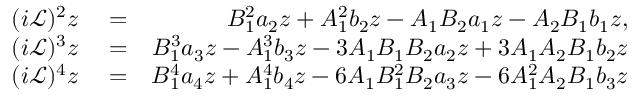
\begin{array} { r l r } { ( i \mathcal { L } ) ^ { 2 } z } & { { } = } & { B _ { 1 } ^ { 2 } a _ { 2 } z + A _ { 1 } ^ { 2 } b _ { 2 } z - A _ { 1 } B _ { 2 } a _ { 1 } z - A _ { 2 } B _ { 1 } b _ { 1 } z , } \\ { ( i \mathcal { L } ) ^ { 3 } z } & { { } = } & { B _ { 1 } ^ { 3 } a _ { 3 } z - A _ { 1 } ^ { 3 } b _ { 3 } z - 3 A _ { 1 } B _ { 1 } B _ { 2 } a _ { 2 } z + 3 A _ { 1 } A _ { 2 } B _ { 1 } b _ { 2 } z } \\ { ( i \mathcal { L } ) ^ { 4 } z } & { { } = } & { B _ { 1 } ^ { 4 } a _ { 4 } z + A _ { 1 } ^ { 4 } b _ { 4 } z - 6 A _ { 1 } B _ { 1 } ^ { 2 } B _ { 2 } a _ { 3 } z - 6 A _ { 1 } ^ { 2 } A _ { 2 } B _ { 1 } b _ { 3 } z } \end{array}